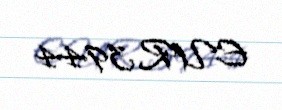
EUR 3944